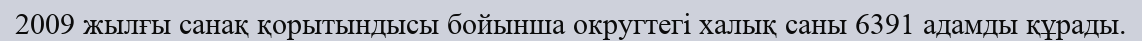
2009 жылғы санақ қорытындысы бойынша округтегі халық саны 6391 адамды құрады.